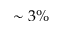
\sim 3 \%